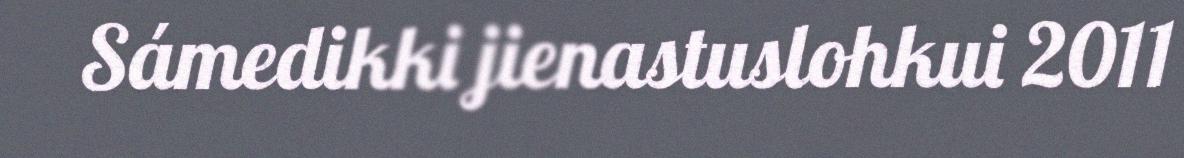
Sámedikki jienastuslohkui 2011